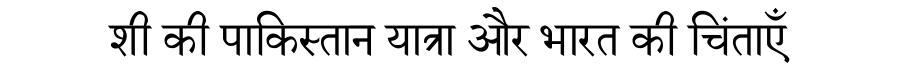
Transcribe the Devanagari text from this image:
शी की पाकिस्तान यात्रा और भारत की चिंताएँ